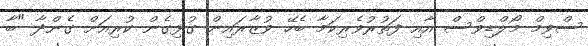
ސްވިމް މޯލްޑިވްސް އާއި ފަތުރުވެރިކަމާ ބެހޭ ވުޒާރައިން ގުޅިގެން ކުރިއަށް ގެންދާ "ބާ